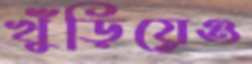
খুঁড়িয়েও